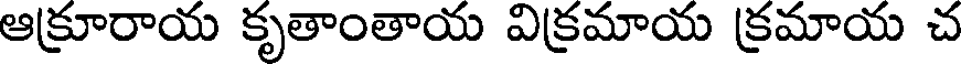
ఆక్రూరాయ కృతాంతాయ విక్రమాయ క్రమాయ చ